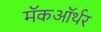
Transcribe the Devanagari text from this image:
मॅकऑर्थर